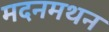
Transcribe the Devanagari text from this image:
मदनमथन